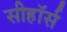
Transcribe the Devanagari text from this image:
सीहॉर्स